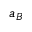
a _ { B }